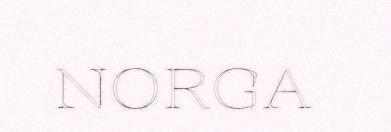
NORGA